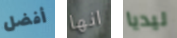
أفضل انها ليديا